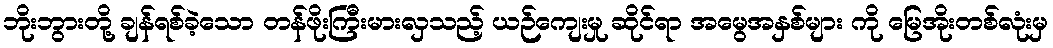
ဘိုးဘွားတို့ ချန်ရစ်ခဲ့သော တန်ဖိုးကြီးမားလှသည့် ယဉ်ကျေးမှု ဆိုင်ရာ အမွေအနှစ်များ ကို မြေအိုးတစ်လုံးမှ